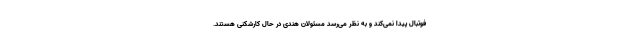
فوتبال پیدا نمی‌کند و به نظر می‌رسد مسئولان هندی در حال کارشکنی هستند.